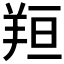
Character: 𦍼